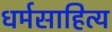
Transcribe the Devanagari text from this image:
धर्मसाहित्य